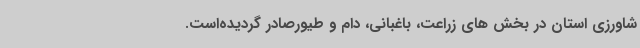
شاورزی استان در بخش های زراعت، باغبانی، دام و طیورصادر گردیده‌است.